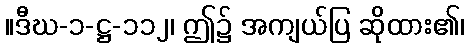
။ဒီဃ-၁-ဋ္ဌ-၁၁၂၊ ဤ၌ အကျယ်ပြ ဆိုထား၏၊